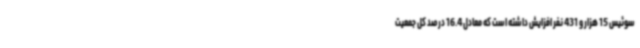
سوئیس 15 هزار و 431 نفر افزایش داشته است که معادل 16.4 درصد کل جمعیت